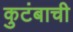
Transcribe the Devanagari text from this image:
कुटंबाची